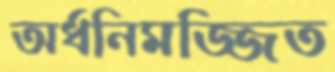
অর্ধনিমজ্জিত